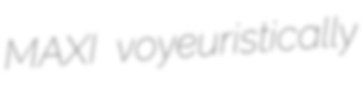
MAXI voyeuristically